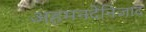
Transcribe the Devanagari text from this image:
अहमनदेनिजाद